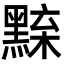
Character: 𪑘